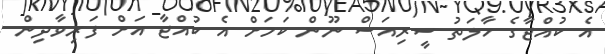
އެ ކުއްޖާގެ ހާލަތު ސީރިއަސް ނޫން ކަމަށް އެ ކުއްޖާ އަށް ފަރިވާދިން